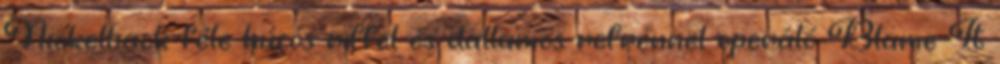
Nickelback-féle húzós riffel és dallamos refrénnel operáló Blame It